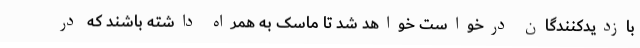
بازدیدکنندگان درخواست خواهد شد تا ماسک به همراه داشته باشند که در